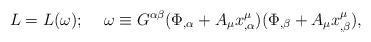
LaTeX: \begin{align*}L=L(\omega);\hspace*{5 mm}\omega\equiv G^{\alpha\beta}(\Phi_{,\alpha}+A_\mu x^\mu_{,\alpha})(\Phi_{,\beta}+A_\mu x^\mu_{,\beta}),\end{align*}